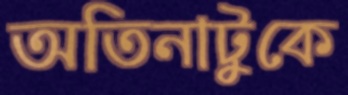
অতিনাটুকে